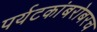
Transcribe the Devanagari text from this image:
पर्यटकांबरोबरच